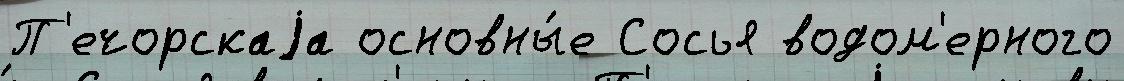
П'ечорскаjа основны́е Сосья водом'ерного